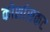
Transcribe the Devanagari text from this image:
कोशांसकट